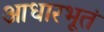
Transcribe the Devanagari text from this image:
आधारभूतं